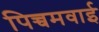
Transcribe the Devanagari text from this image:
पिच्चमवाई